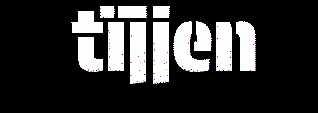
tïjjen